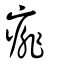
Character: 痱